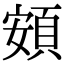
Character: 頞